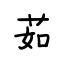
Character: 茹